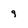
Character: 9